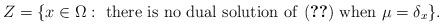
LaTeX: \begin{align*}Z = \{ x \in \Omega : \textrm{ there is no dual solution of \eqref{eq:fixed point formulation} when } \mu = \delta_x \}.\end{align*}